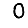
Digit: 0